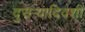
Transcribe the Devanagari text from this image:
दुसर्‍यादिवशी